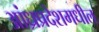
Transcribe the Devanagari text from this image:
आंध्रप्रदेशमधील